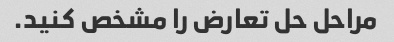
مراحل حل تعارض را مشخص کنید.